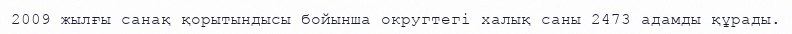
2009 жылғы санақ қорытындысы бойынша округтегі халық саны 2473 адамды құрады.